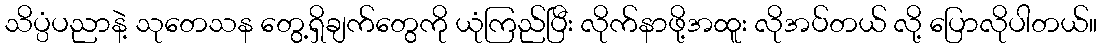
သိပ္ပံပညာနဲ့ သုတေသန တွေ့ရှိချက်တွေကို ယုံကြည်ပြီး လိုက်နာဖို့အထူး လိုအပ်တယ် လို့ ပြောလိုပါတယ်။